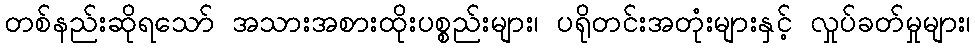
တစ်နည်းဆိုရသော် အသားအစားထိုးပစ္စည်းများ၊ ပရိုတင်းအတုံးများနှင့် လှုပ်ခတ်မှုများ၊